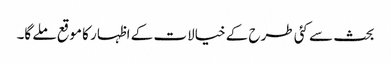
بحث سے کئی طرح کے خیالات کے اظہار کا موقع ملے گا۔